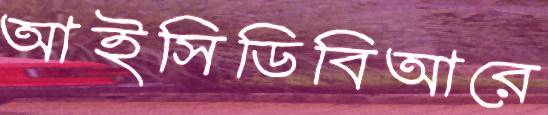
আইসিডিবিআরে